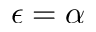
\epsilon = \alpha